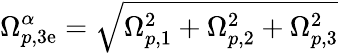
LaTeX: \Omega_{p,\mathrm{3e}}^{\alpha}=\sqrt{\Omega_{p,1}^{2}+\Omega_{p,2}^{2}+\Omega_{p,3}^{2}}